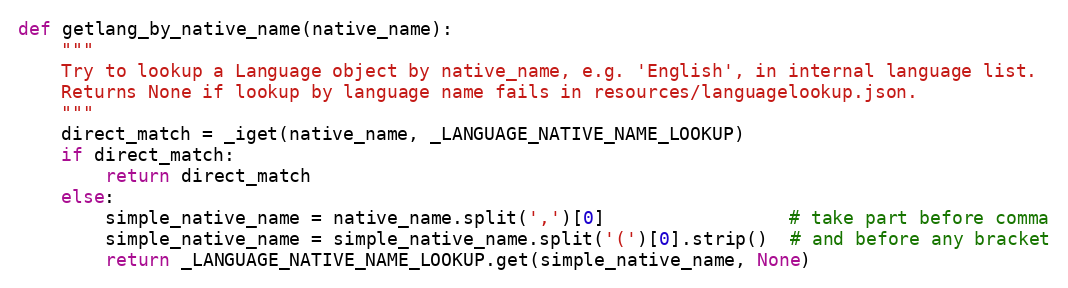
Language: Python
def getlang_by_native_name(native_name):
    """
    Try to lookup a Language object by native_name, e.g. 'English', in internal language list.
    Returns None if lookup by language name fails in resources/languagelookup.json.
    """
    direct_match = _iget(native_name, _LANGUAGE_NATIVE_NAME_LOOKUP)
    if direct_match:
        return direct_match
    else:
        simple_native_name = native_name.split(',')[0]                 # take part before comma
        simple_native_name = simple_native_name.split('(')[0].strip()  # and before any bracket
        return _LANGUAGE_NATIVE_NAME_LOOKUP.get(simple_native_name, None)